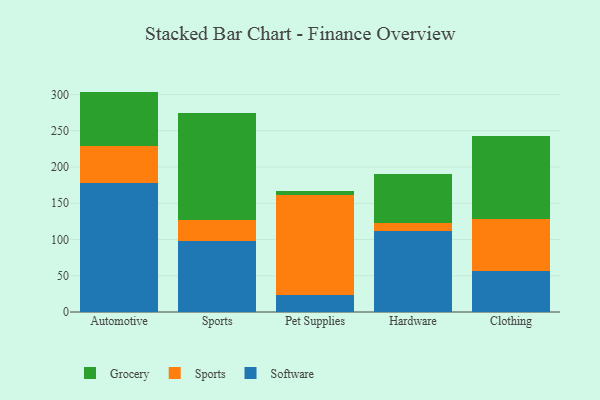
{"axis": {"x": "Category", "y": "Website Visitors"}, "legend": ["Grocery", "Software", "Sports"], "data": [{"x": "Automotive", "y": 178.1, "type": "Software"}, {"x": "Automotive", "y": 51.6, "type": "Sports"}, {"x": "Automotive", "y": 74.4, "type": "Grocery"}, {"x": "Sports", "y": 98.6, "type": "Software"}, {"x": "Sports", "y": 28.5, "type": "Sports"}, {"x": "Sports", "y": 148.0, "type": "Grocery"}, {"x": "Pet Supplies", "y": 24.0, "type": "Software"}, {"x": "Pet Supplies", "y": 137.8, "type": "Sports"}, {"x": "Pet Supplies", "y": 5.4, "type": "Grocery"}, {"x": "Hardware", "y": 111.1, "type": "Software"}, {"x": "Hardware", "y": 11.8, "type": "Sports"}, {"x": "Hardware", "y": 67.9, "type": "Grocery"}, {"x": "Clothing", "y": 57.0, "type": "Software"}, {"x": "Clothing", "y": 71.0, "type": "Sports"}, {"x": "Clothing", "y": 114.4, "type": "Grocery"}]}